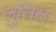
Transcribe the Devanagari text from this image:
लुसिल